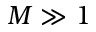
M \gg 1